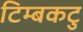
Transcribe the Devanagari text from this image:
टिम्बकटु